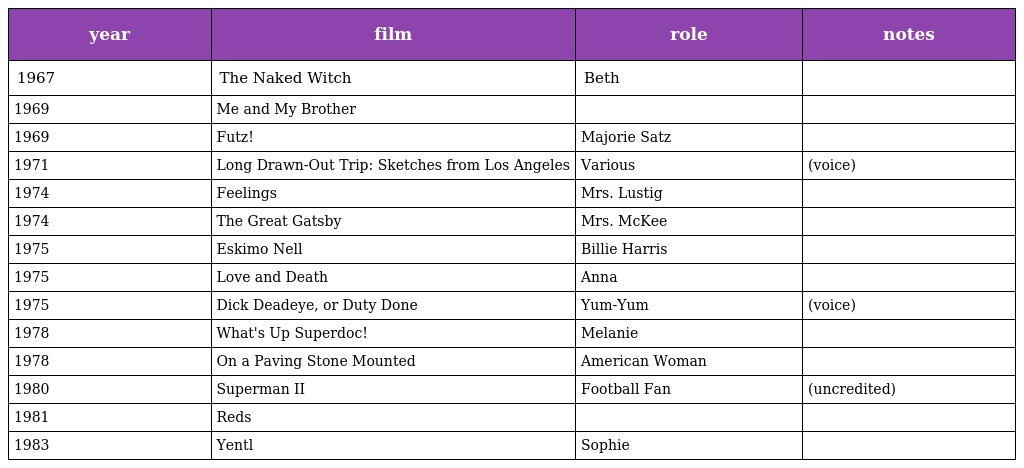
| year | film | role | notes |
 | --- | --- | --- | --- |
 | 1967 | The Naked Witch | Beth |  |
 | 1969 | Me and My Brother |  |  |
 | 1969 | Futz! | Majorie Satz |  |
 | 1971 | Long Drawn-Out Trip: Sketches from Los Angeles | Various | (voice) |
 | 1974 | Feelings | Mrs. Lustig |  |
 | 1974 | The Great Gatsby | Mrs. McKee |  |
 | 1975 | Eskimo Nell | Billie Harris |  |
 | 1975 | Love and Death | Anna |  |
 | 1975 | Dick Deadeye, or Duty Done | Yum-Yum | (voice) |
 | 1978 | What's Up Superdoc! | Melanie |  |
 | 1978 | On a Paving Stone Mounted | American Woman |  |
 | 1980 | Superman II | Football Fan | (uncredited) |
 | 1981 | Reds |  |  |
 | 1983 | Yentl | Sophie |  |